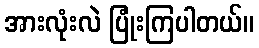
အားလုံးလဲ ပြုံးကြပါတယ်။